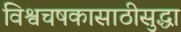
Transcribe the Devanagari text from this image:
विश्वचषकासाठीसुद्धा